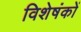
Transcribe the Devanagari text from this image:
विशेषंकों